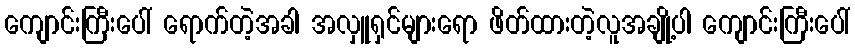
ကျောင်းကြီးပေါ် ရောက်တဲ့အခါ အလှူရှင်များရော ဖိတ်ထားတဲ့လူအချို့ပါ ကျောင်းကြီးပေါ်